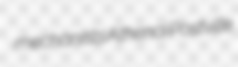
mechanists Athenai Postville